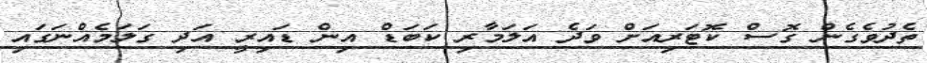
ތެދުވެގެން ގޮސް ކޮޓަރިއަށް ވަދެ އަލަމާރި ކަބަޑް އިން ޑައިރީ އަދި ގަލަމެއްނަގައި